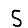
Digit: 5